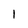
Character: 1